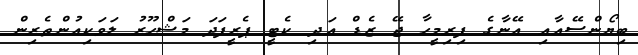
ބިޔޯންސޭއާއި އޭނާގެ ފިރިމީހާ ޖޭ ޒެޑް އަދި ކެޓީ ޕެރީފަދަ މަޝްހޫރު ލަވަކިއުންތެރިން